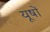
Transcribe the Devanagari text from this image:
यूषों